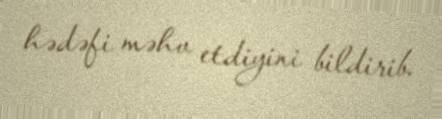
hədəfi məhv etdiyini bildirib.